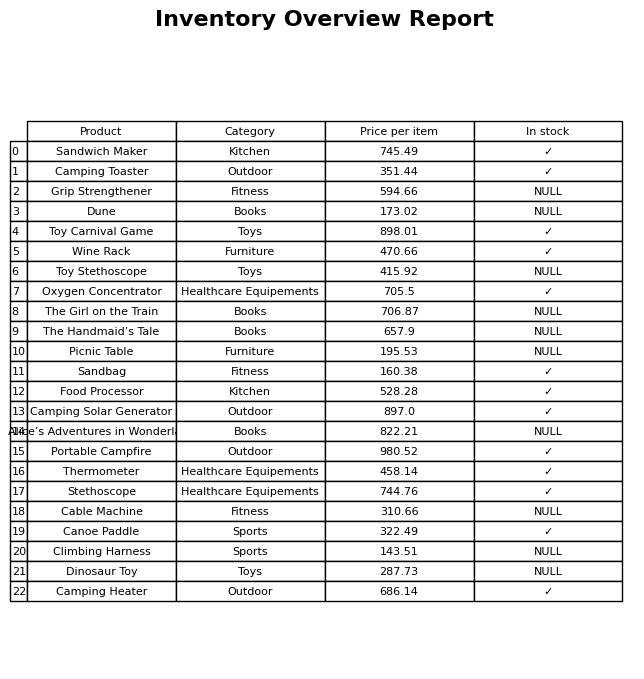
question: What is the price of the Camping Heater?
answer: The price of Camping Heater is 686.14.